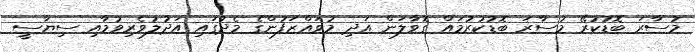
މުސާރަ ބޮޑުކުރޭ މުސާރަ ބޮޑުކުރުމައް ގޮވާލަން އަދި މުވައްޒަފުންގެ މެދުގައި އަދުލުވެރިވުމާއި ސިޔާސީ